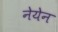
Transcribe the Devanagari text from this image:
नेयेन